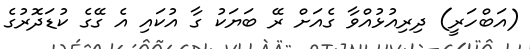
(އަބްހަރީ) ދިރިއުޅުއްވާ ގެއަށް ރޭ ބަޔަކު ގާ އުކައި އެ ގޭގެ ކުޑަދޮރުގެ